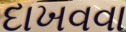
દાખવવા